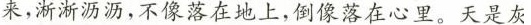
来，淅淅沥沥，不像落在地上，倒像落在心里。天是灰